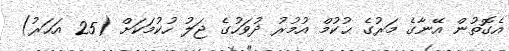
އެގޮތުން އޭނާގެ މަރުގެ ޙުކުމް އުމުރު ދުވަހުގެ ޖަލު ހުކުމަކަށް (25 އަހަރު)